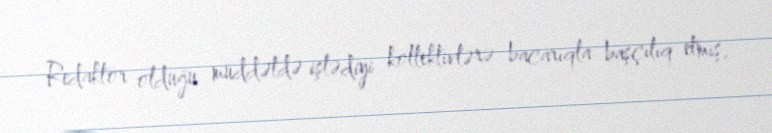
Redaktor olduğu müddətdə işlədiyi kollektivlərə bacarıqla başçılıq etmiş,